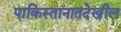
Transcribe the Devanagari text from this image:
पाकिस्तानातदेखील